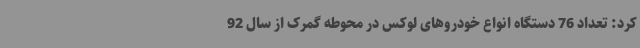
کرد: تعداد 76 دستگاه انواع خودروهای لوکس در محوطه گمرک از سال 92